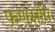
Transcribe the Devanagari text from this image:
फणसोप